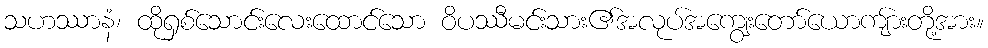
သဟဿာနံ၊ ထိုရှစ်သောင်းလေးထောင်သော ဝိပဿီမင်းသား၏အလုပ်အကျွေးတော်ယောကျ်ားတို့အား။